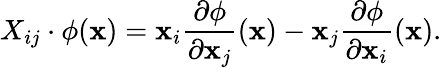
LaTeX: X_{ij}\cdot\phi(\mathbf{x})=\mathbf{x}_{i}{\frac{{\partial\phi}}{{\partial\mathbf{x}_{j}}}}(\mathbf{x})-\mathbf{x}_{j}{\frac{{\partial\phi}}{{\partial\mathbf{x}_{i}}}}(\mathbf{x}).